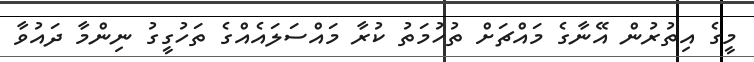
މީގެ އިތުރުން އޭނާގެ މައްޗަށް ތުހުމަތު ކުރާ މައްސަލައެއްގެ ތަހުގީގު ނިންމާ ދައުވާ